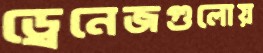
ড্রেনেজগুলোয়